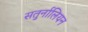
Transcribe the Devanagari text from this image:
सतुर्नालियन